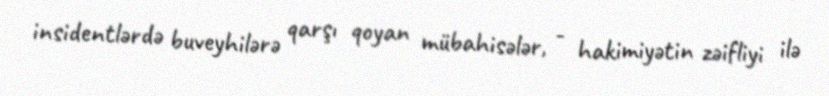
insidentlərdə buveyhilərə qarşı qoyan mübahisələr, - hakimiyətin zəifliyi ilə